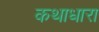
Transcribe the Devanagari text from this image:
कथाधारा